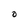
Character: O